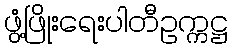
ဖွံ့ဖြိုးရေးပါတီဥက္ကဋ္ဌ